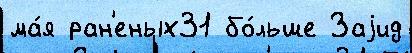
ма́я ран'еных31 бо́льше Заjид